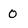
Character: 0